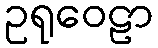
ဥရုဝေဠာ